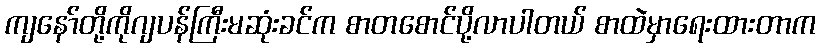
ကျနော်တို့ကိုဂျပန်ကြီးမဆုံးခင်က စာတစောင်ပို့လာပါတယ် စာထဲမှာရေးထားတာက